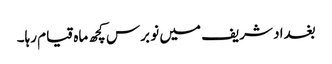
بغداد شریف میں نو برس کچھ ماہ قیام رہا۔